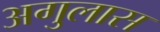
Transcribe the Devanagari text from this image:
अगुलास